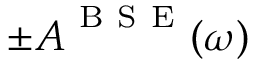
\pm \boldsymbol { A } ^ { \mathrm { ~ B ~ S ~ E ~ } } ( \omega )